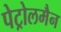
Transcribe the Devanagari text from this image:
पेट्रोलमैन